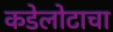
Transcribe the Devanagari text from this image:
कडेलोटाचा